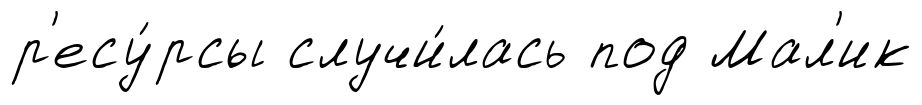
р'есу́рсы случи́лась под Мал'ик